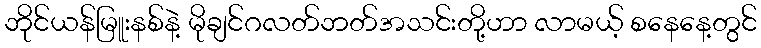
ဘိုင်ယန်မြူးနစ်နဲ့ မိုချင်ဂလတ်ဘတ်အသင်းတို့ဟာ လာမယ့် စနေနေ့တွင်